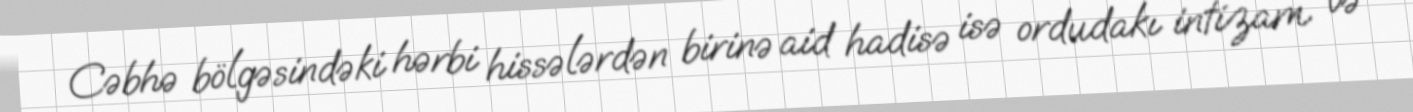
Cəbhə bölgəsindəki hərbi hissələrdən birinə aid hadisə isə ordudakı intizam və